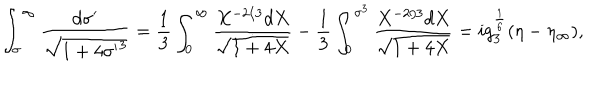
\int _ { \sigma } ^ { \infty } { \frac { d \sigma ^ { \prime } } { \sqrt { 1 + 4 { \sigma ^ { \prime } } ^ { 3 } } } } = { \frac { 1 } { 3 } } \int _ { 0 } ^ { \infty } { \frac { X ^ { - 2 / 3 } d X } { \sqrt { 1 + 4 X } } } - { \frac { 1 } { 3 } } \int _ { 0 } ^ { \sigma ^ { 3 } } { \frac { X ^ { - 2 / 3 } d X } { \sqrt { 1 + 4 X } } } = i g _ { 3 } ^ { \frac { 1 } { 6 } } ( \eta - \eta _ { \infty } ) ,